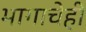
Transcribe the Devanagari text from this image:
भागाचेही